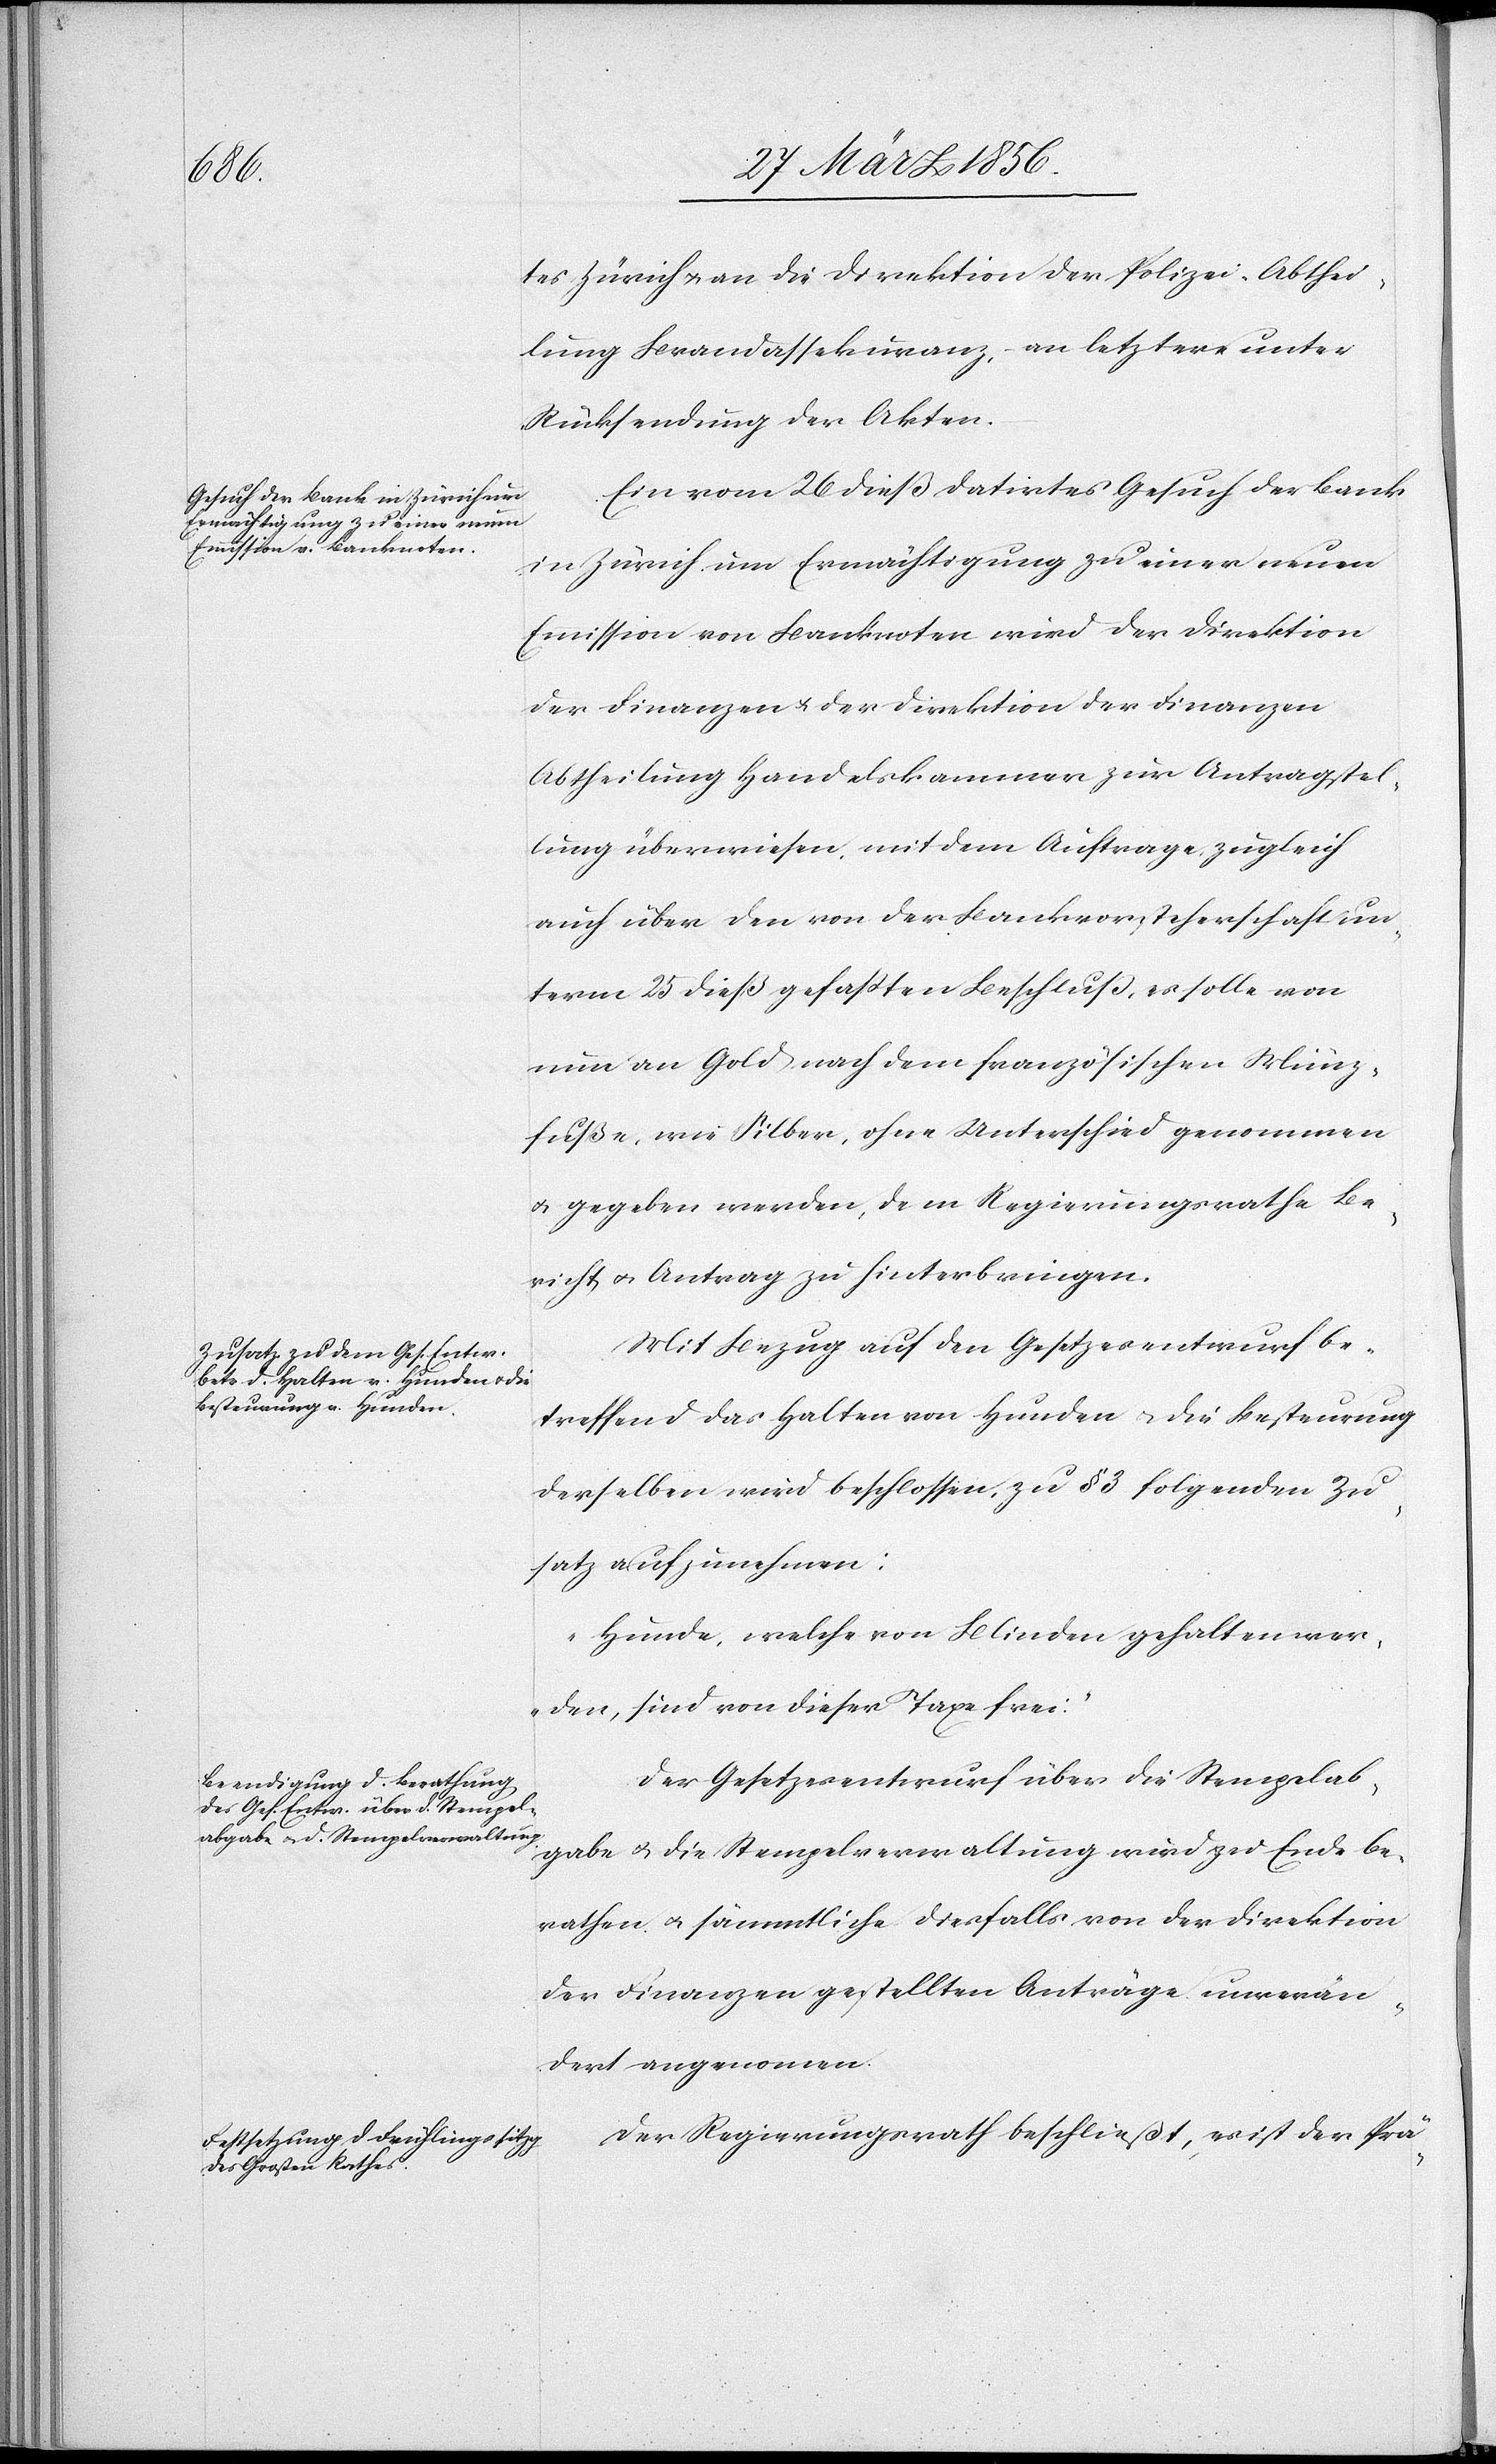
tes Zürich u. an die Direktion der Polizei-Abthei¬
lung Brandassekuranz, – an letztere unter
Rücksendung der Akten.
Ein vom 26 dieß datirtes Gesuch der Bank
in Zürich um Ermächtigung zu einer neuen
Emmission von Banknoten wird der Direktion
der Finanzen u. der Direktion der Finanzen
Abtheilung Handelskammer zur Antragstel¬
lung überwiesen, mit dem Auftrage, zugleich
auch über den von der Bankvorsteherschaft un¬
term 25 dieß gefaßten Beschluß, es solle von
nun an Gold nach dem französischen Münz¬
fuße, wie Silber, ohne Unterschied genommen
u. gegeben werden, dem Regierungsrathe Be¬
richt u. Antrag zu hinterbringen.
Mit Bezug auf den Gesetzesentwurf be¬
treffend das Halten von Hunden u. die Besteurung
derselben wird beschlossen, zu § 3 folgenden Zu¬
satz aufzunehmen:
„Hunde, welche von Blinden gehalten wer¬
den, sind von dieser Taxe frei.“
Der Gesetzesentwurf über die Stempelab¬
gabe u. die Stempelverwaltung wird zu Ende be¬
rathen u. sämmtliche diesfalls von der Direktion
der Finanzen gestellten Anträge unverän¬
dert angenommen.
Der Regierungsrath beschließt, es ist der Prä-